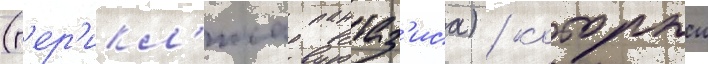
(п'ер'икл'иса пантаз'иса) / которыи